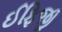
ઈફિજી